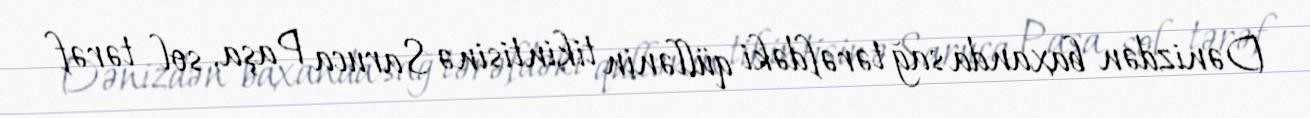
Dənizdən baxanda sağ tərəfdəki qüllənin tikintisinə Saruca Paşa, sol tərəf